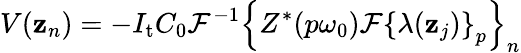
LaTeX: V(\mathbf{z}_{n})=-I_{\mathrm{{t}}}C_{0}\mathcal{{F}}^{-1}\left\{ Z^{\ast}(p\omega_{0})\mathcal{{F}}\left\{ \lambda(\mathbf{z}_{j})\right\} _{p}\right\} _{n}